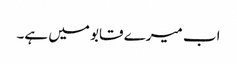
اب میرے قابو میں ہے۔